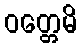
ဝတ္တေမိ